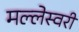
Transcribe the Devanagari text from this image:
मल्लेस्वरी